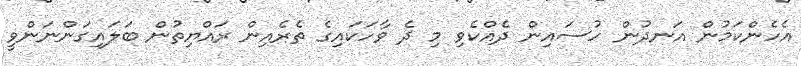
އެހެންކަމުން އަނދުން ހުސައިން ދެއްކެވި މި ދެ ވާހަކައިގެ ތެރެއިން ރައްޔިތުން ބަލައިގަންނަންވީ